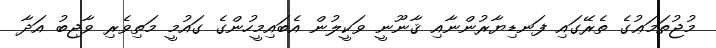
މުޖުތަމަޢުގެ ތެރޭގައި ފަނޑިޔާރުންނާއި ޤާނޫނީ ވަކީލުން އެބައިމީހުންގެ ގައުމީ މަތިވެރި ވާޖިބު އަދާ